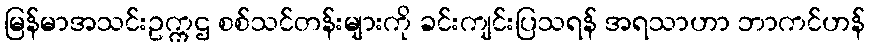
မြန်မာအသင်းဥက္ကဌ စစ်သင်တန်းများကို ခင်းကျင်းပြသရန် အရသာဟာ ဘာကင်ဟန်